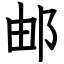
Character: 邮